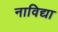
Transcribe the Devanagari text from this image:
नाविद्या